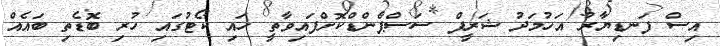
އިސް ފަނޑިޔާރު އަހުމަދު ޝަރީފް ސަސްޕެންޑްކޮށްފައިވާތީ ހައި ކޯޓުގައި ހުރި ބޮޑެތި ބައެއް